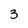
Character: 3